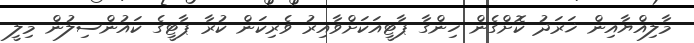
މާލިއްޔާއިން ޚަރަދު ކޮށްގެން ހިންގާ ޕާޓީއަކަށްވާއިރު ވެރިކަން ކުރާ ޕާޓީގެ ކައުންސިލުން މިލީ